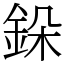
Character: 䤪